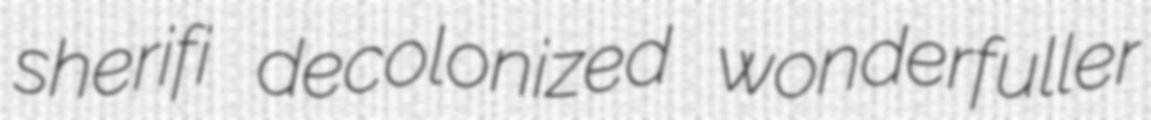
sherifi decolonized wonderfuller